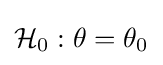
{\mathcal {H}}_{0}:\theta =\theta _{0}